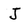
Character: J